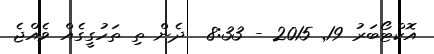
އޮކްޓޯބަރު 19